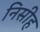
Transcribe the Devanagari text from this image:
निसीह